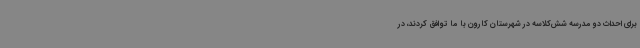
برای احداث دو مدرسه شش‌کلاسه در شهرستان کارون با ما توافق کردند، در